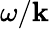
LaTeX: \omega/\mathbf{k}